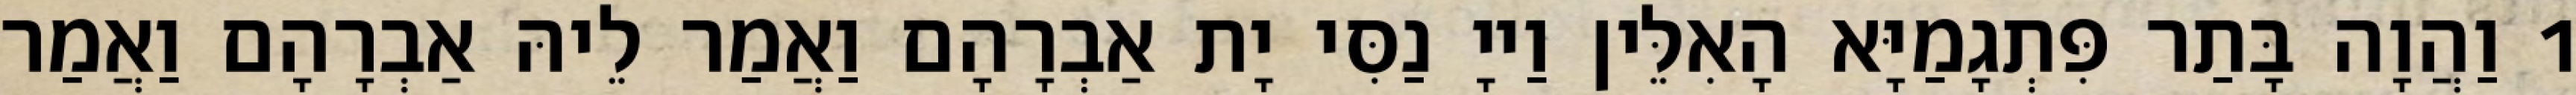
1 וַהֲוָה בָּתַר פִּתְגָמַיָּא הָאִלֵּין וַייָ נַסִּי יָת אַבְרָהָם וַאֲמַר לֵיהּ אַבְרָהָם וַאֲמַר